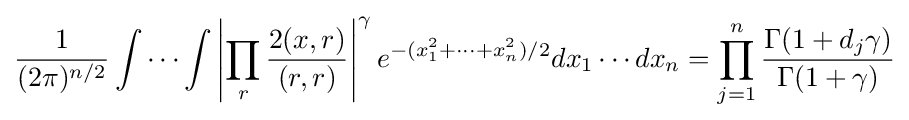
{\frac {1}{(2\pi )^{n/2}}}\int \cdots \int \left|\prod _{r}{\frac {2(x,r)}{(r,r)}}\right|^{\gamma }e^{-(x_{1}^{2}+\cdots +x_{n}^{2})/2}dx_{1}\cdots dx_{n}=\prod _{j=1}^{n}{\frac {\Gamma (1+d_{j}\gamma )}{\Gamma (1+\gamma )}}